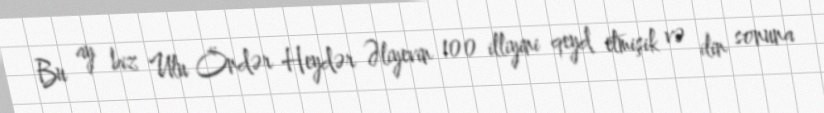
Bu ay biz Ulu Öndər Heydər Əliyevin 100 illiyini qeyd etmişik və ilin sonuna